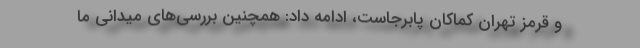
و قرمز تهران کماکان پابرجاست، ادامه داد: همچنین بررسی‌های میدانی ما